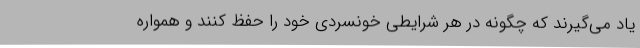
یاد می‌گیرند که چگونه در هر شرایطی خونسردی خود را حفظ کنند و همواره